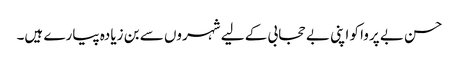
حسن بے پروا کو اپنی بے حجابی کے لیے شہروں سے بن زیادہ پیارے ہیں۔